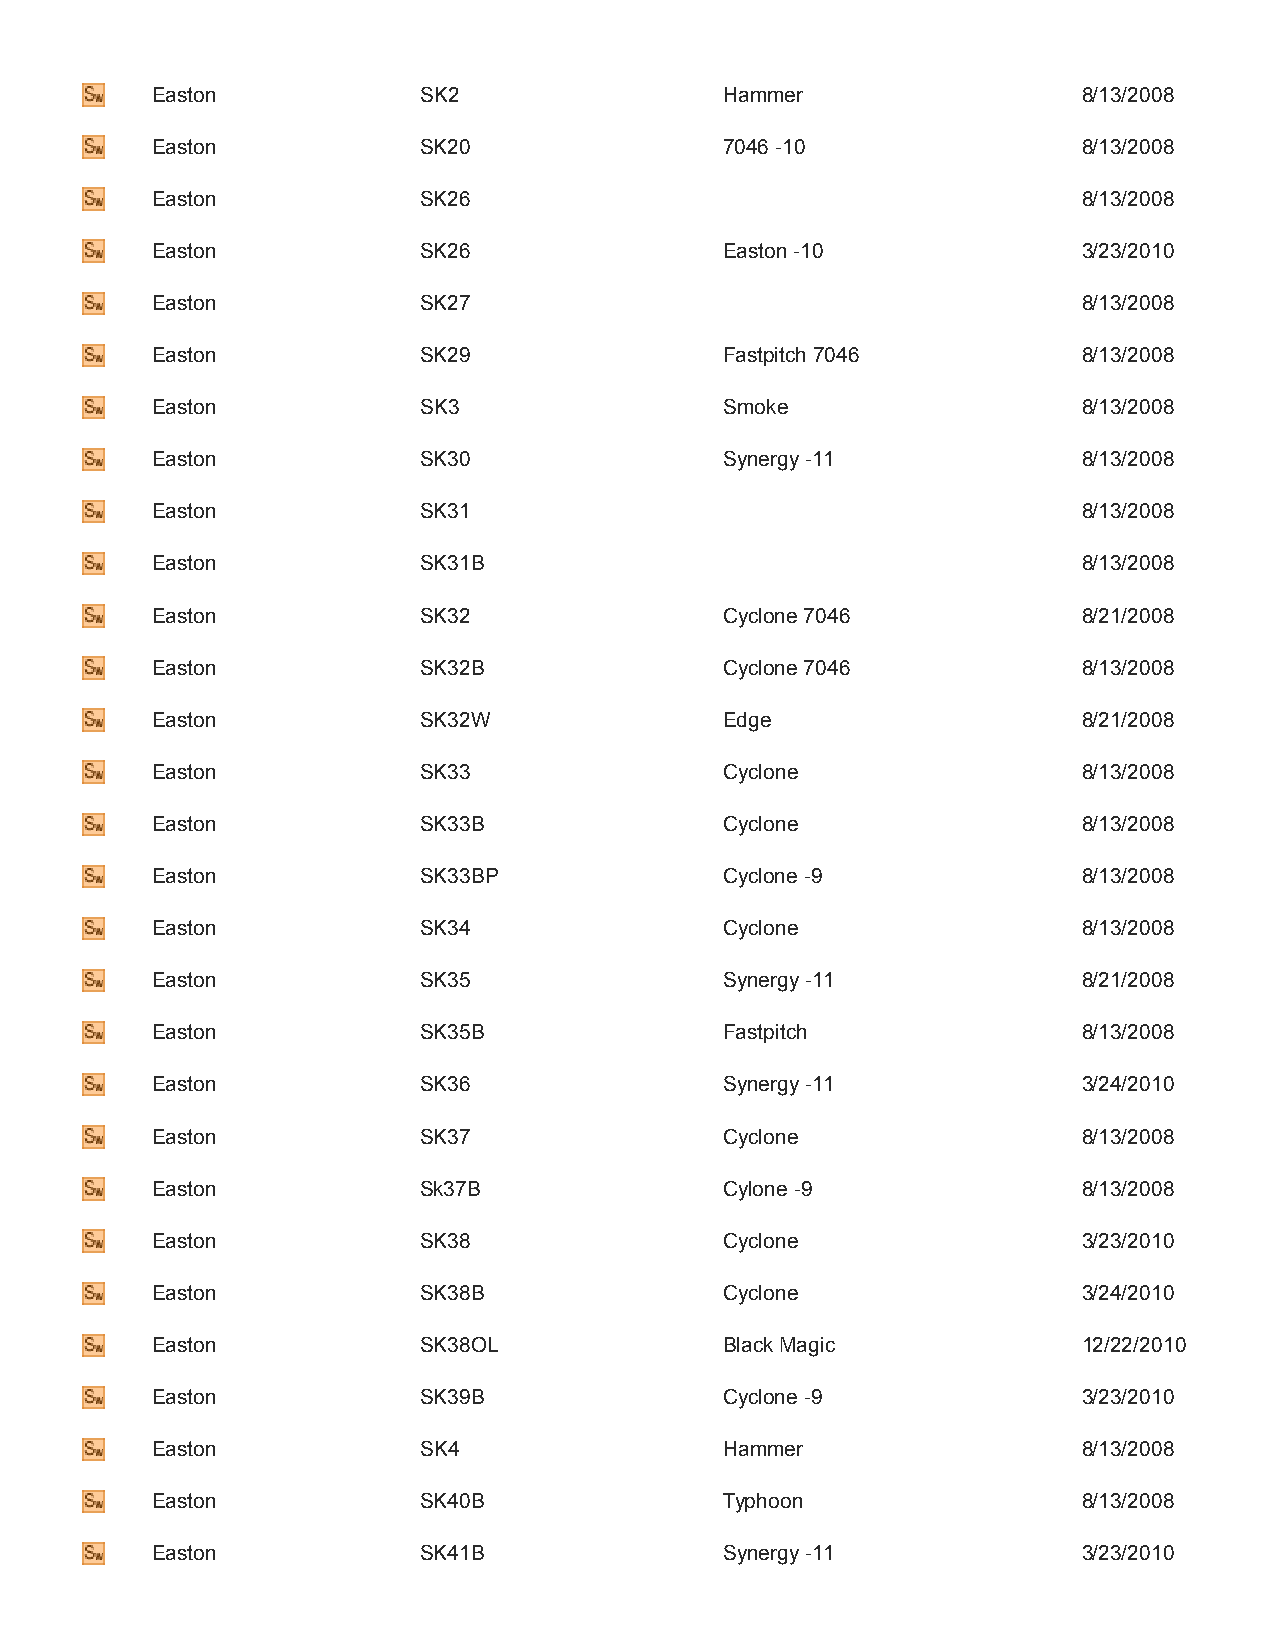
Easton            SK2                 Hammer                  8/13/2008
 Easton            SK20                7046 ­10                8/13/2008
 Easton            SK26                                        8/13/2008
 Easton            SK26                Easton ­10              3/23/2010
 Easton            SK27                                        8/13/2008
 Easton            SK29                Fastpitch 7046          8/13/2008
 Easton            SK3                 Smoke                   8/13/2008
 Easton            SK30                Synergy ­11             8/13/2008
 Easton            SK31                                        8/13/2008
 Easton            SK31B                                       8/13/2008
 Easton            SK32                Cyclone 7046            8/21/2008
 Easton            SK32B               Cyclone 7046            8/13/2008
 Easton            SK32W               Edge                    8/21/2008
 Easton            SK33                Cyclone                 8/13/2008
 Easton            SK33B               Cyclone                 8/13/2008
 Easton            SK33BP              Cyclone ­9              8/13/2008
 Easton            SK34                Cyclone                 8/13/2008
 Easton            SK35                Synergy ­11             8/21/2008
 Easton            SK35B               Fastpitch               8/13/2008
 Easton            SK36                Synergy ­11             3/24/2010
 Easton            SK37                Cyclone                 8/13/2008
 Easton            Sk37B               Cylone ­9               8/13/2008
 Easton            SK38                Cyclone                 3/23/2010
 Easton            SK38B               Cyclone                 3/24/2010
 Easton            SK38OL              Black Magic             12/22/2010
 Easton            SK39B               Cyclone ­9              3/23/2010
 Easton            SK4                 Hammer                  8/13/2008
 Easton            SK40B               Typhoon                 8/13/2008
 Easton            SK41B               Synergy ­11             3/23/2010